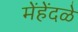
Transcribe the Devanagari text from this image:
मेंहेंदळे